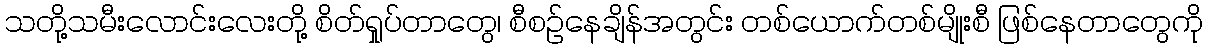
သတို့သမီးလောင်းလေးတို့ စိတ်ရှုပ်တာတွေ၊ စီစဉ်နေချိန်အတွင်း တစ်ယောက်တစ်မျိုးစီ ဖြစ်နေတာတွေကို